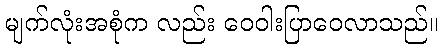
မျက်လုံးအစုံက လည်း ဝေဝါးပြာဝေလာသည်။